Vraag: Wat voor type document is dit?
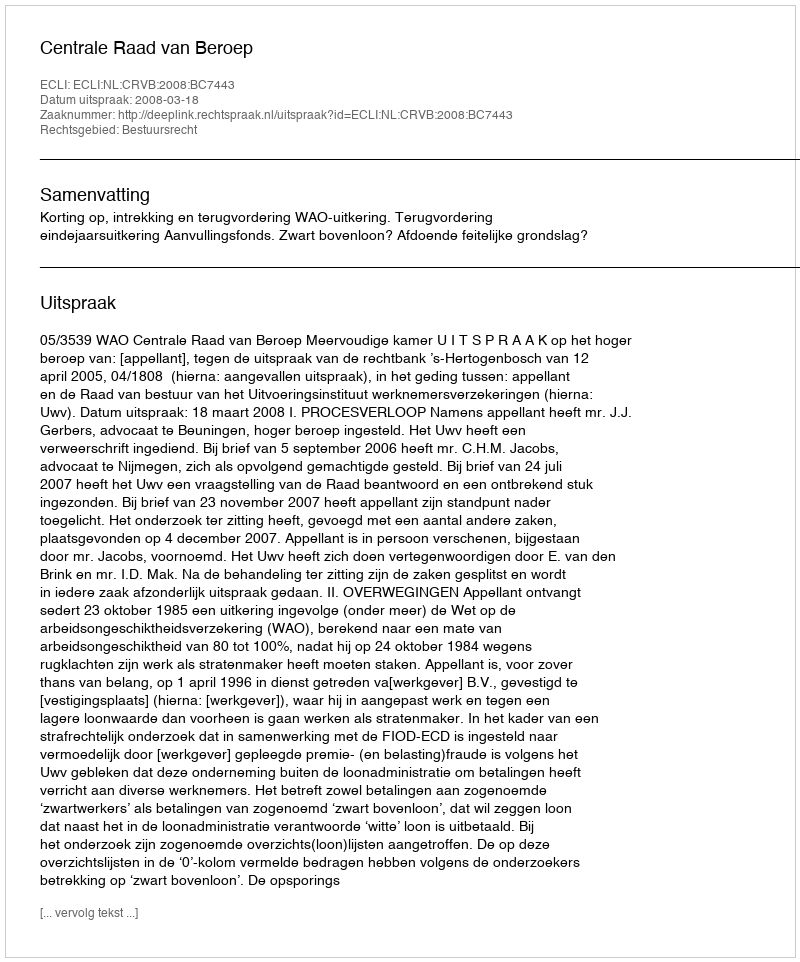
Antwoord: Uitspraak